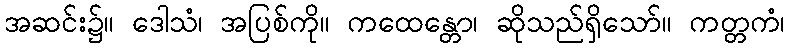
အဆင်း၌။ ဒေါသံ၊ အပြစ်ကို။ ကထေန္တော၊ ဆိုသည်ရှိသော်။ ကတ္တကံ၊